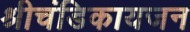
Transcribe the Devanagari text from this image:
श्रीचंडिकायजन